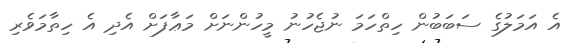
އެ އަމަލުގެ ސަބަބުން ހިތްހަމަ ނުޖެހުނު މީހުންނަށް މަޢާފަށް އެދި އެ ހިތާމަވެރި